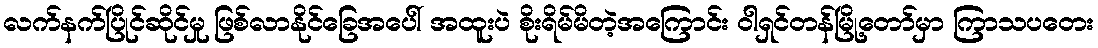
လက်နက်ပြိုင်ဆိုင်မှု ဖြစ်လာနိုင်ခြေအပေါ် အထူးပဲ စိုးရိမ်မိတဲ့အကြောင်း ဝါရှင်တန်မြို့တော်မှာ ကြာသပတေး